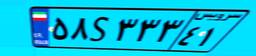
۹۸S۴۵۸۷۷